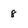
Character: 8